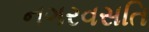
નગરવસતિ